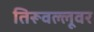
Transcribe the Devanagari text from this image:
तिरूवल्लूवर